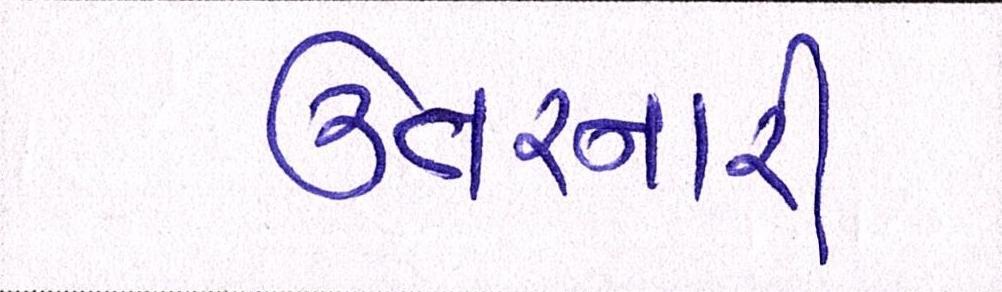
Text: ઊતરનારી